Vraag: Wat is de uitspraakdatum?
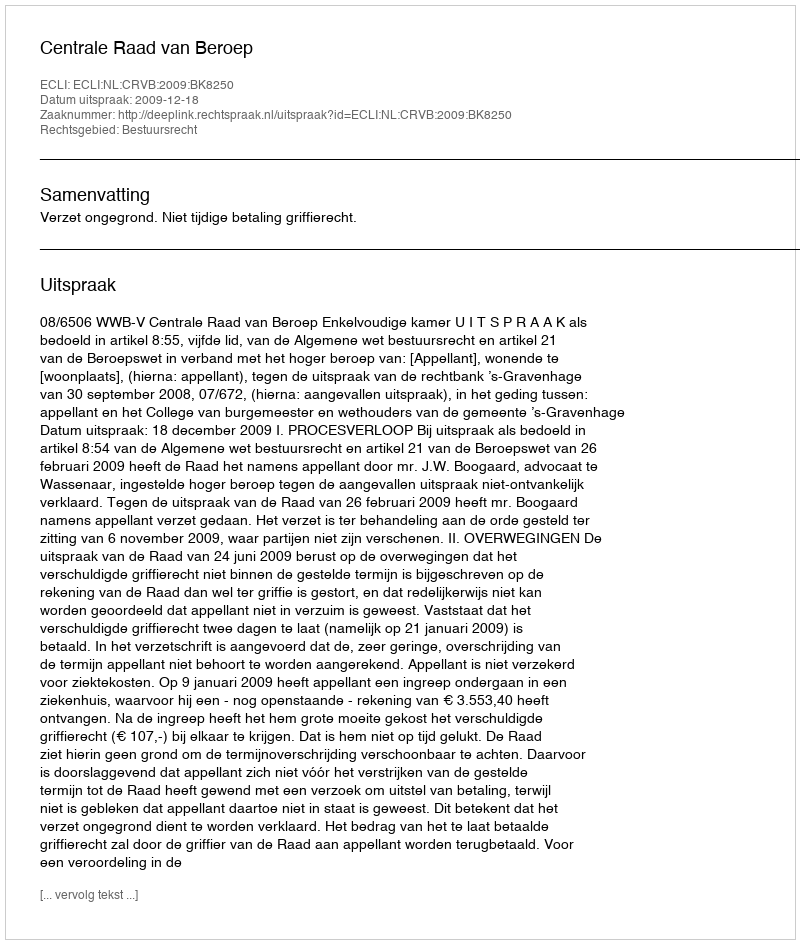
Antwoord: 2009-12-18